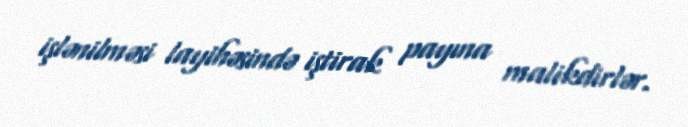
işlənilməsi layihəsində iştirak payına malikdirlər.